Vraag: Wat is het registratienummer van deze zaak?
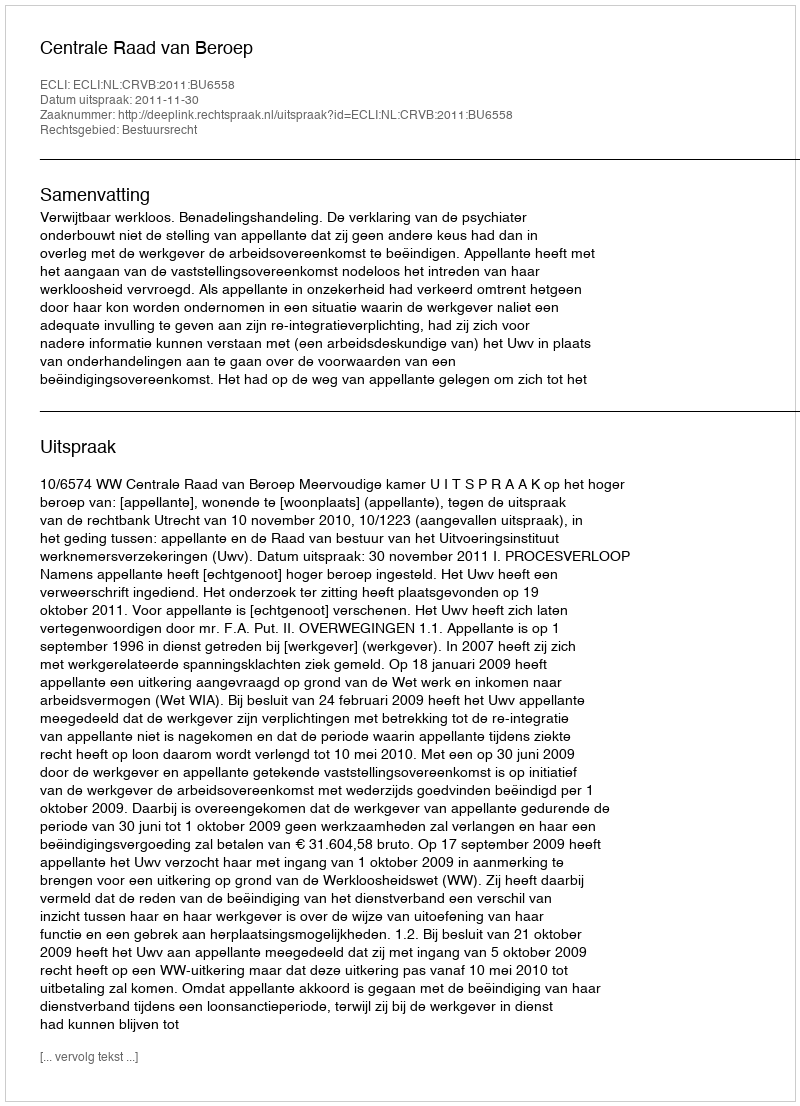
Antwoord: http://deeplink.rechtspraak.nl/uitspraak?id=ECLI:NL:CRVB:2011:BU6558